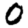
Digit: 0